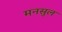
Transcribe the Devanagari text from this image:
मनसुल